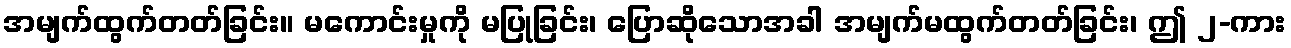
အမျက်ထွက်တတ်ခြင်း။ မကောင်းမှုကို မပြုခြင်း၊ ပြောဆိုသောအခါ အမျက်မထွက်တတ်ခြင်း၊ ဤ ၂-ကား